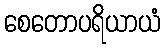
စေတောပရိယာယံ